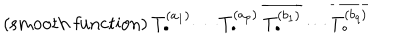
LaTeX: { \mathrm { ( s m o o t h ~ f u n c t i o n ) } } \: T _ { \bullet } ^ { ( a _ { 1 } ) } \cdots T _ { \bullet } ^ { ( a _ { p } ) } \: \overline { { { T _ { \bullet } ^ { ( b _ { 1 } ) } } } } \cdots \overline { { { T _ { \bullet } ^ { ( b _ { q } ) } } } }